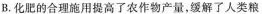
B.化肥的合理施用提高了农作物产量，缓解了人类粮